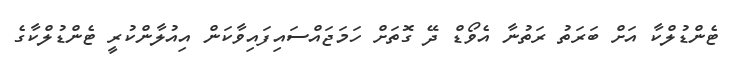
ޓެންޑުލްކާ އަށް ބަރަތު ރަތުނާ އެވޯޑް ދޭ ގޮތަށް ހަމަޖައްސައިފައިވާކަން އިއުލާންކުރީ ޓެންޑުލްކާގެ